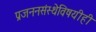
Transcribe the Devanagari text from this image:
प्रजननसंस्थेविषयीही